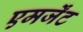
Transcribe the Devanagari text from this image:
एमर्जेंट